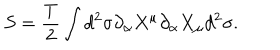
LaTeX: S = { \frac { T } { 2 } } \int d ^ { 2 } \sigma \partial _ { \alpha } X ^ { \mu } \partial _ { \alpha } X _ { \mu } d ^ { 2 } \sigma .